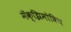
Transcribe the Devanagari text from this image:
मॅक्झिमोविच